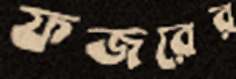
ফজরের